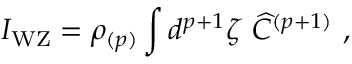
I _ { \mathrm { W Z } } = \rho _ { ( p ) } \int d ^ { p + 1 } \zeta \ { \widehat C } ^ { ( p + 1 ) } \ ,